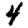
Digit: 4